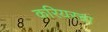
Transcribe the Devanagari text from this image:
करियरचा